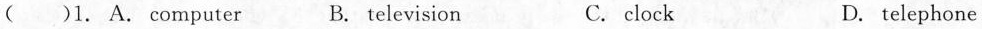
( )1. A. computer B. television C. clock D.telephone